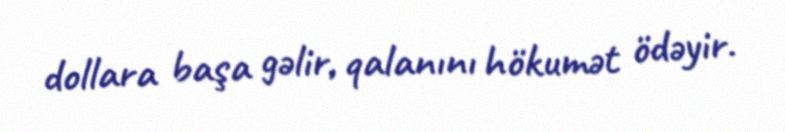
dollara başa gəlir, qalanını hökumət ödəyir.